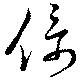
倚